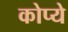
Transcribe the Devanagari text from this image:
कोप्ये